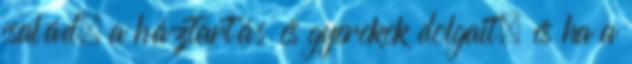
család, a háztartás és gyerekek dolgait, és ha a